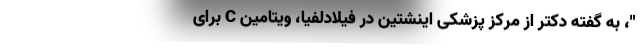
"، به گفته دکتر از مرکز پزشکی اینشتین در فیلادلفیا، ویتامین C برای